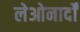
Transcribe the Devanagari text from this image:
लेओनार्दों